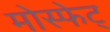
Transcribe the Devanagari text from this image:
मोस्फेट्